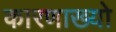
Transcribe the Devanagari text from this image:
कारणाख्यो